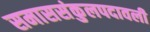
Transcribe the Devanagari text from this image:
समाससंकुलपदावली